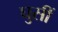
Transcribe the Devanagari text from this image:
घुसीं